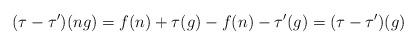
LaTeX: \begin{align*}(\tau - \tau')(ng) = f(n) + \tau(g) - f(n) - \tau'(g) = (\tau - \tau')(g)\end{align*}